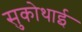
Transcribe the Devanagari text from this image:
सुकोथाई